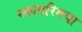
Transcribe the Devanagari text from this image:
स्कायरिमचा